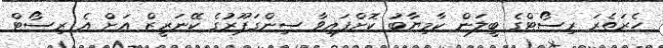
ހެރަތެރަ ރިސޯޓްގެ ބީލަން ކާމިޔާބު ކޮށްފައިވާ ސިންގަޕޫރުގެ ކޭނަރީޒް އަށް އެ ރިސޯޓް